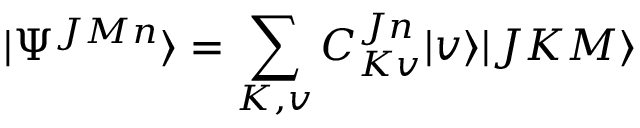
\vert \Psi ^ { J M n } \rangle = \sum _ { K , v } { C _ { K v } ^ { J n } \vert v \rangle \vert J K M \rangle }